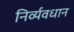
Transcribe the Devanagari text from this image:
निर्व्यवधान